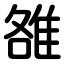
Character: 雒